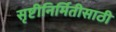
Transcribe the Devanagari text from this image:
सृष्टीनिर्मितीसाठी